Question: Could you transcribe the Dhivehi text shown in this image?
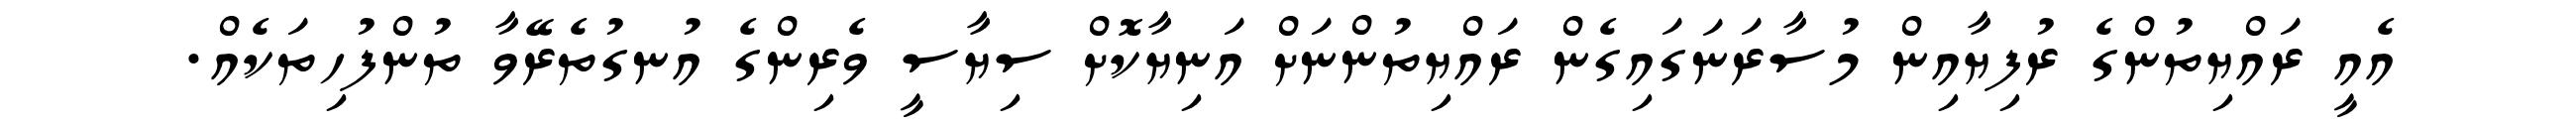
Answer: އެއީ ރައްޔިތުންގެ ރުފިޔާއިން މުސާރަނަގައިގެން ރައްޔިތުންނަށް އަނިޔާކޮށް ސިޔާސީ ވެރިންގެ އުނގުތެރޭވާ ތުންފުހިތަކެއް.